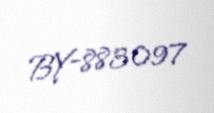
BY-883097